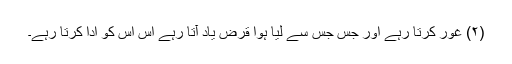
(۲) غور کرتا رہے اور جس جس سے لیا ہوا قرض یاد آتا رہے اس اس کو ادا کرتا رہے۔